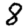
Digit: 8